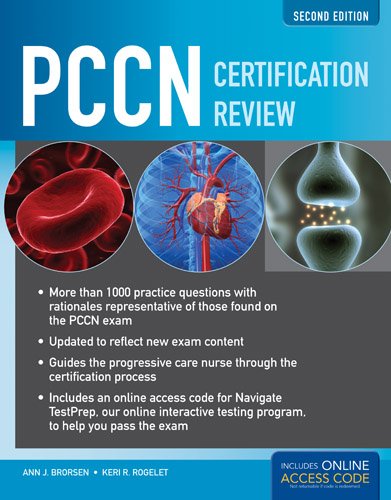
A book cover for PCCN Certification Review, 2nd Edition; Ann J. Brorsen; Test Preparation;